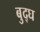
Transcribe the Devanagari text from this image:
बुद्घ